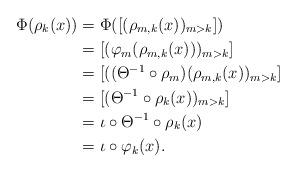
LaTeX: \begin{align*}\Phi(\rho_k(x))&=\Phi([(\rho_{m,k}(x))_{m>k}])\\&=[(\varphi_m(\rho_{m,k}(x)))_{m>k}]\\&=[((\Theta^{-1}\circ\rho_m)(\rho_{m,k}(x))_{m>k}]\\&=[(\Theta^{-1}\circ\rho_k(x))_{m>k}]\\&=\iota\circ\Theta^{-1}\circ\rho_k(x)\\&=\iota\circ\varphi_k(x).\end{align*}